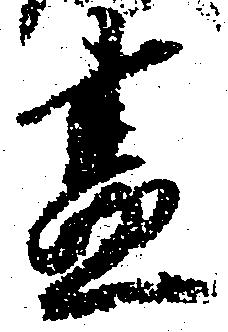
昼